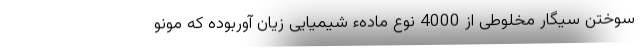
سوختن سیگار مخلوطی از 4000 نوع مادهء شیمیایی زیان آوربوده که مونو